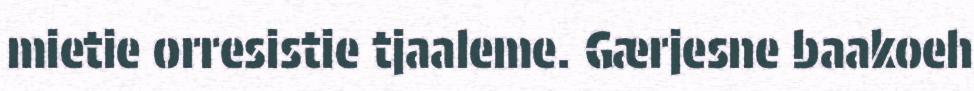
mietie orresistie tjaaleme. Gærjesne baakoeh